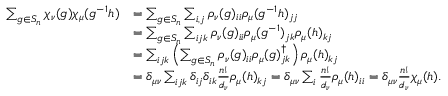
\begin{array} { r l } { \sum _ { g \in S _ { n } } \chi _ { \nu } ( g ) \chi _ { \mu } ( g ^ { - 1 } h ) } & { = \sum _ { g \in S _ { n } } \sum _ { i , j } \rho _ { \nu } ( g ) _ { i i } \rho _ { \mu } ( g ^ { - 1 } h ) _ { j j } } \\ & { = \sum _ { g \in S _ { n } } \sum _ { i j k } \rho _ { \nu } ( g ) _ { i i } \rho _ { \mu } ( g ^ { - 1 } ) _ { j k } \rho _ { \mu } ( h ) _ { k j } } \\ & { = \sum _ { i j k } \left( \sum _ { g \in S _ { n } } \rho _ { \nu } ( g ) _ { i i } \rho _ { \mu } ( g ) _ { j k } ^ { \dag } \right) \rho _ { \mu } ( h ) _ { k j } } \\ & { = \delta _ { \mu \nu } \sum _ { i j k } \delta _ { i j } \delta _ { i k } \frac { n ! } { d _ { \nu } } \rho _ { \mu } ( h ) _ { k j } = \delta _ { \mu \nu } \sum _ { i } \frac { n ! } { d _ { \nu } } \rho _ { \mu } ( h ) _ { i i } = \delta _ { \mu \nu } \frac { n ! } { d _ { \nu } } \chi _ { \mu } ( h ) . } \end{array}